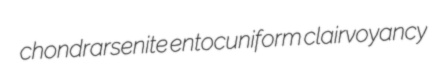
chondrarsenite entocuniform clairvoyancy